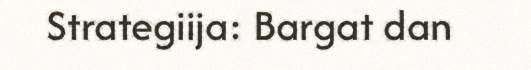
Strategiija: Bargat dan